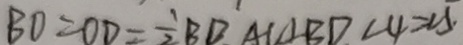
B D = O D = \frac { 1 } { 2 } B D , A C \bot B D \angle 4 = \angle 5